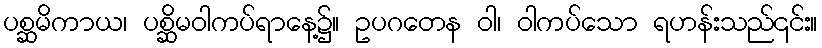
ပစ္ဆမိကာယ၊ ပစ္ဆိမဝါကပ်ရာနေ့၌။ ဥပဂတေန ဝါ၊ ဝါကပ်သော ရဟန်းသည်၎င်း။